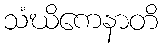
သံဃိကေနာတိ